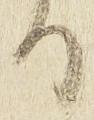
る